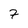
Character: 7